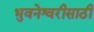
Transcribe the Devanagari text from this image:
भुवनेश्वरीसाठी